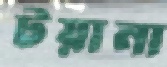
টয়ানা